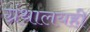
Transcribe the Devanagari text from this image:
ग्रंथालयही